NAE_ERA_R-286_Sojavaelaste_Perekondade_Riikliku_Hooldamise_ja_Heaolu_Valitsus, lk 3
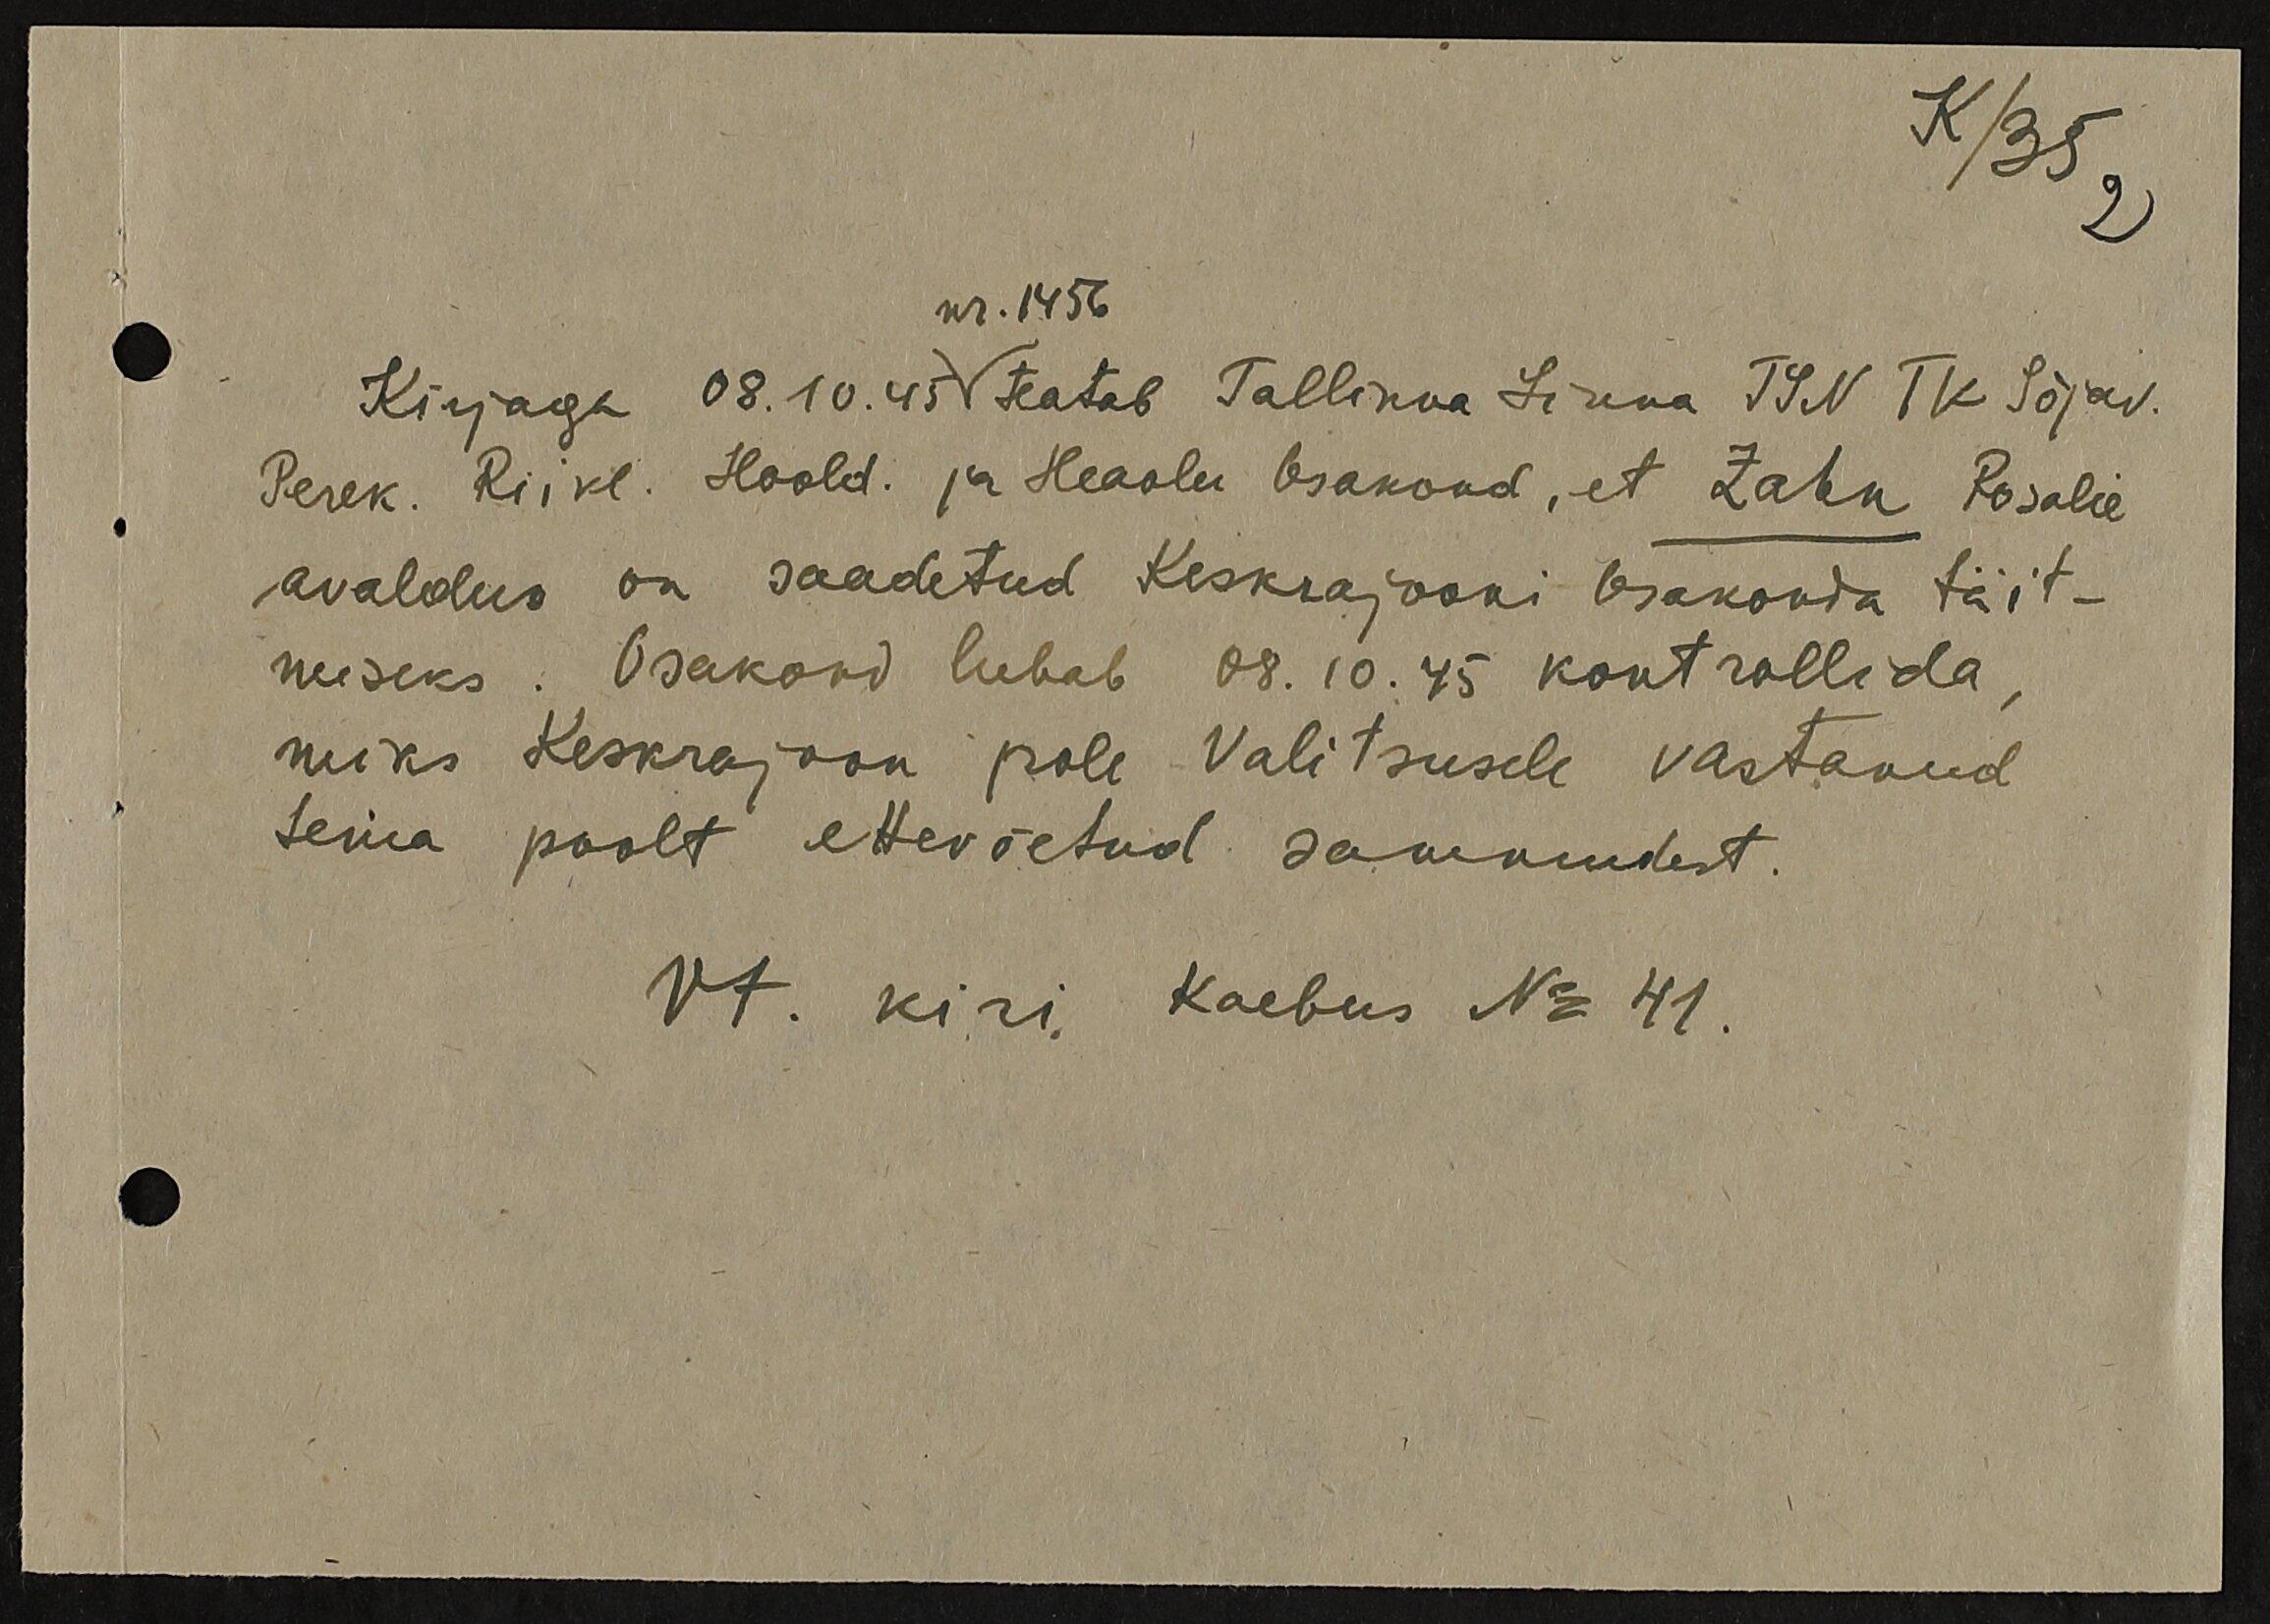
K/35
2
nr. 1456
Kirjaga 08.10.45 teatab Tallinna Linna TSN TK Sõjav.
Perek. Riikl. Hoold. ja Heaolu Osakond, et Zahn Rosalie
avaldus on saadetud Keskrajooni Osakonda täit-
miseks. Osakond lubab 08.10.45 kontrollida,
miks Keskrajoon pole Valitsusele vastanud
tema poolt ettevõetud sammudest.
Vt. kiri. Kaebus No 41.